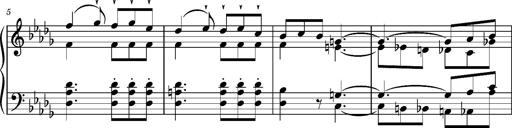
Title: Album-Leaf 'LÃ©lio'
Composer: Franz Liszt
Key: D-flat major